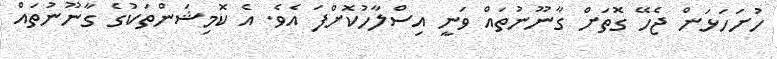
ހުށަހަޅަން ޖެހޭ ގޮތަށް ގާނޫނުތައް ވަނީ އިސްލާހުކޮށްފަ އެވެ. އެ ކޮމިޝަންތަކުގެ ގާނޫނުތައް